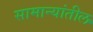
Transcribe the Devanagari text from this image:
सामान्यांतील